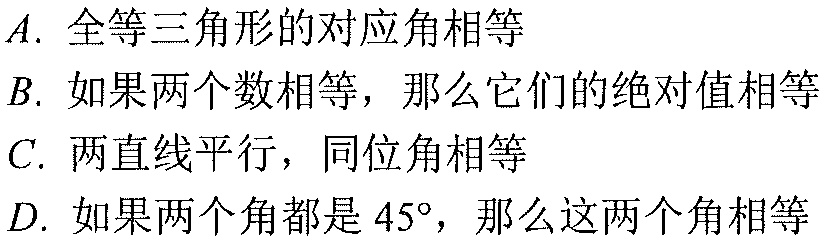
\(A.\) 全等三角形的对应角相等
\(B.\) 如果两个数相等，那么它们的绝对值相等
\(C.\) 两直线平行，同位角相等
\(D.\) 如果两个角都是\(45^{\circ}\)，那么这两个角相等